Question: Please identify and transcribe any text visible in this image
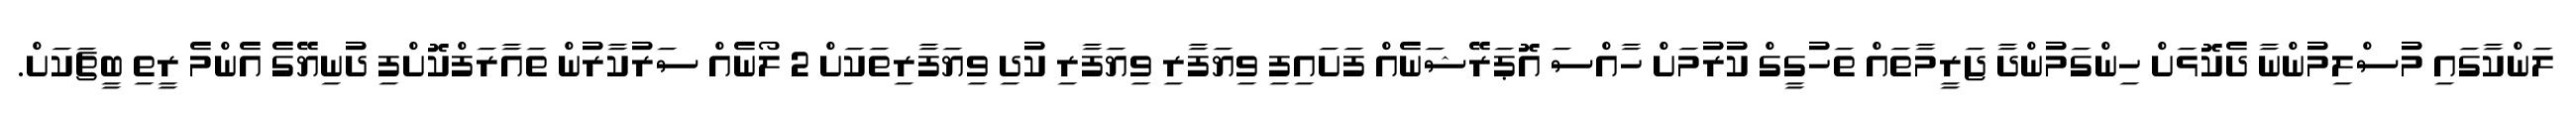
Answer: ލަންކާގައި މުސްލިމުންނާ ދެކޮޅަށް ހިންގަމުންދާ ޖަރީމާތައް ތަހުގީގް ކުރުމަށް ހާއްސަ އޮޕަރޭޝަނެއް ފަށައިފި ވިޔަފާރި ވިޔަފާރި ކުދި ވިޔަފާރިތަކަށް 2 ލޯނެއް ސަރުކާރުން ތައާރަފްކޮށްފި ދުނިޔޭގެ އެންމެ ރީތި ބީޗަކަށް.